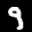
Label: 9